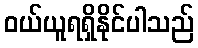
ဝယ်ယူရရှိနိုင်ပါသည်